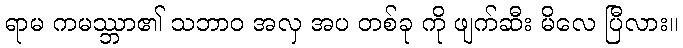
ရာမ ကမဿ္ဘာ၏ သဘာဝ အလှ အပ တစ်ခု ကို ဖျက်ဆီး မိလေ ပြီလား။